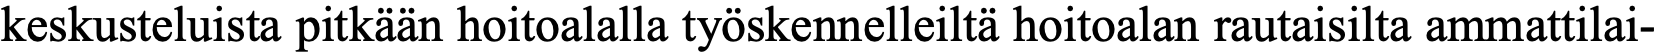
keskusteluista pitkään hoitoalalla työskennelleiltä hoitoalan rautaisilta ammattilai-